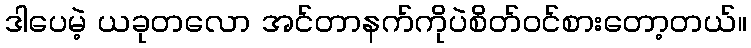
ဒါပေမဲ့ ယခုတလော အင်တာနက်ကိုပဲစိတ်ဝင်စားတော့တယ်။